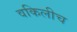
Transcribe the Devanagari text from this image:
वकिलीच